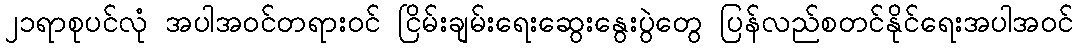
၂၁ရာစုပင်လုံ အပါအဝင်တရားဝင် ငြိမ်းချမ်းရေးဆွေးနွေးပွဲတွေ ပြန်လည်စတင်နိုင်ရေးအပါအဝင်